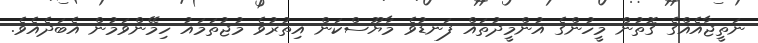
ނަތީޖާއެއްގެ ގޮތުން މީހުންގެ އުންމީދުތައް ފަނޑުވެ މާޔޫސްކަން އިތުރުވެ މުޖުތަމައު ހިމޭންވަމުން އެބަދެއެވެ.